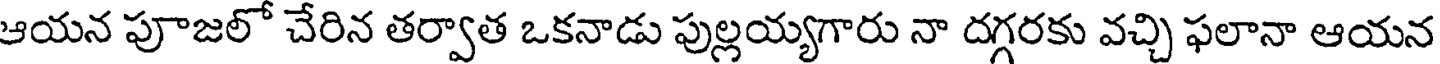
ఆయన పూజలో చేరిన తర్వాత ఒకనాడు పుల్లయ్యగారు నా దగ్గరకు వచ్చి ఫలానా ఆయన